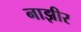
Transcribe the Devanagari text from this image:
नाझीर